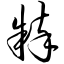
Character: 粹